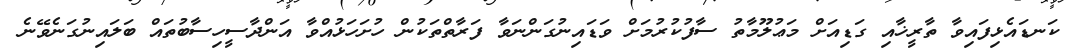
ކަނޑައެޅިފައިވާ ތާރީޚާއި ގަޑިއަށް މަޢުލޫމާތު ސާފުކުރުމަށް ވަޑައިނުގަންނަވާ ފަރާތްތަކުން ހުށަހަޅުއްވާ އަންދާސީހިސާބުތައް ބަލައިނުގަނެވޭނެ